Vaccination returns of the Province of Eastern Bengal and Assam - 1905-1912
Year: 1905
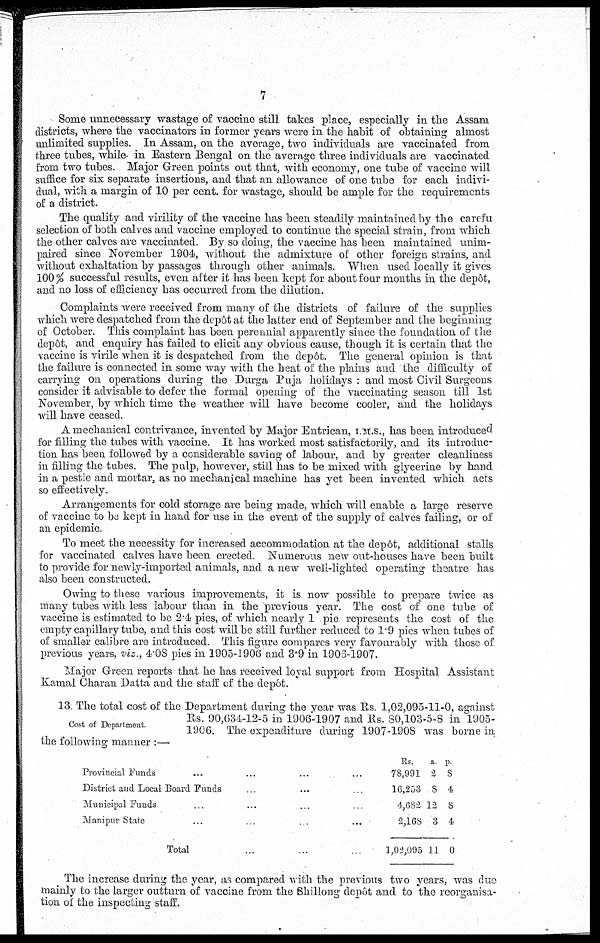
7
Some unnecessary wastage of vaccine still takes place, especially in the Assam
districts, where the vaccinators in former years were in the habit of obtaining almost
unlimited supplies. In Assam, on the average, two individuals are vaccinated from
three tubes, while in Eastern Bengal on the average three individuals are vaccinated
from two tubes. Major Green points out that, with economy, one tube of vaccine will
suffice for six separate insertions, and that an allowance of one tube for each indivi-
dual, with a margin of 10 per cent. for wastage, should be ample for the requirements
of a district.
The quality and virility of the vaccine has been steadily maintained by the careful
selection of both calves and vaccine employed to continue the special strain, from which
the other calves are vaccinated. By so doing, the vaccine has been maintained unim-
paired since November 1904, without the admixture of other foreign strains, and
without exhaltation by passages through other animals. When used locally it gives
100% successful results, even after it has been kept for about four months in the depôt,
and no loss of efficiency has occurred from the dilution.
Complaints were received from many of the districts of failure of the supplies
which were despatched from the depôt at the latter end of September and the beginning
of October. This complaint has been perennial apparently since the foundation of the
depôt, and enquiry has failed to elicit any obvious cause, though it is certain that the
vaccine is virile when it is despatched from the depôt. The general opinion is that
the failure is connected in some way with the heat of the plains and the difficulty of
carrying on operations during the Durga Puja holidays : and most Civil Surgeons
consider it advisable to defer the formal opening of the vaccinating season till 1st
November, by which time the weather will have become cooler, and the holidays
will have ceased.
A mechanical contrivance, invented by Major Entrican, I.M.S., has been introduced
for filling the tubes with vaccine. It has worked most satisfactorily, and its introduc-
tion has been followed by a considerable saving of labour, and by greater cleanliness
in filling the tubes. The pulp, however, still has to be mixed with glycerine by hand
in a pestle and mortar, as no mechanical machine has yet been invented which acts
so effectively.
Arrangements for cold storage are being made, which will enable a large reserve
of vaccine to be kept in hand for use in the event of the supply of calves failing, or of
an epidemic.
To meet the necessity for increased accommodation at the depôt, additional stalls
for vaccinated calves have been erected. Numerous new out-houses have been built
to provide for newly-imported animals, and a new well-lighted operating theatre has
also been constructed.
Owing to these various improvements, it is now possible to prepare twice as
many tubes with less labour than in the previous year. The cost of one tube of
vaccine is estimated to be 2.4 pies, of which nearly 1 pie represents the cost of the
empty capillary tube, and this cost will be still further reduced to 1.9 pies when tubes of
of smaller calibre are introduced. This figure compares very favourably with those of
previous years, viz., 4.08 pies in 1905-1906 and 3.9 in 1906-1907.
Major Green reports that he has received loyal support from Hospital Assistant
Kamal Charan Datta and the staff of the depôt.
Cost of Department.
13. The total cost of the Department during the year was Rs. 1,02,095-11-0, against
Rs. 90,634-12-5 in 1906-1907 and Rs. 80,103-5-8 in 1905-
1906. The expenditure during 1907-1908 was borne in
the following manner :—
Provincial Funds ... ... ... ...
District and Local Board Funds ... ...
Municipal Funds ... ... ... ...
Manipur State ... ... ... ...
Total ... ...
Rs.
78,991
16,253
4,682
2,168
1,02,095
a
2
8
12
3
11
p
8
4
8
4
0
The increase during the year, as compared with the previous two years, was due
mainly to the larger outturn of vaccine from the Shillong depôt and to the reorganisa-
tion of the inspecting staff.